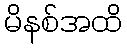
မိနစ်အထိ